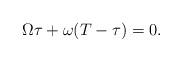
LaTeX: \begin{align*}\Omega \tau + \omega(T - \tau) = 0.\end{align*}